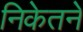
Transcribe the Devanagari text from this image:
निकेतने